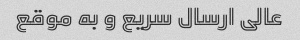
عالی ارسال سریع و به موقع